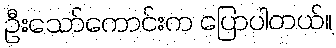
ဦးသော်ကောင်းက ပြောပါတယ်။